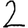
Digit: 2